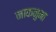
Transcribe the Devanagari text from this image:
नाकनुमा